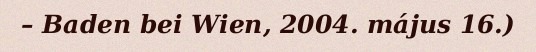
– Baden bei Wien, 2004. május 16.)